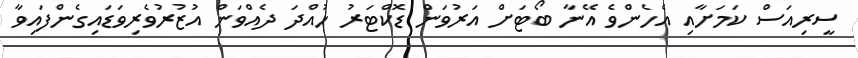
ސީރިއަސް ކަމަށާއި އެހެންވެ އޭނާ ބޯޓަށް އަރުވަން ޑޮކްޓަރު ހުއްދަ ދެއްވަން އުޒުރުވެެރިވަޑައިގެންފައިވާ